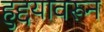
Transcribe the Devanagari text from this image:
हुद्दयावरून